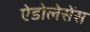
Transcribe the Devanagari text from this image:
ऐडोलेसेंस